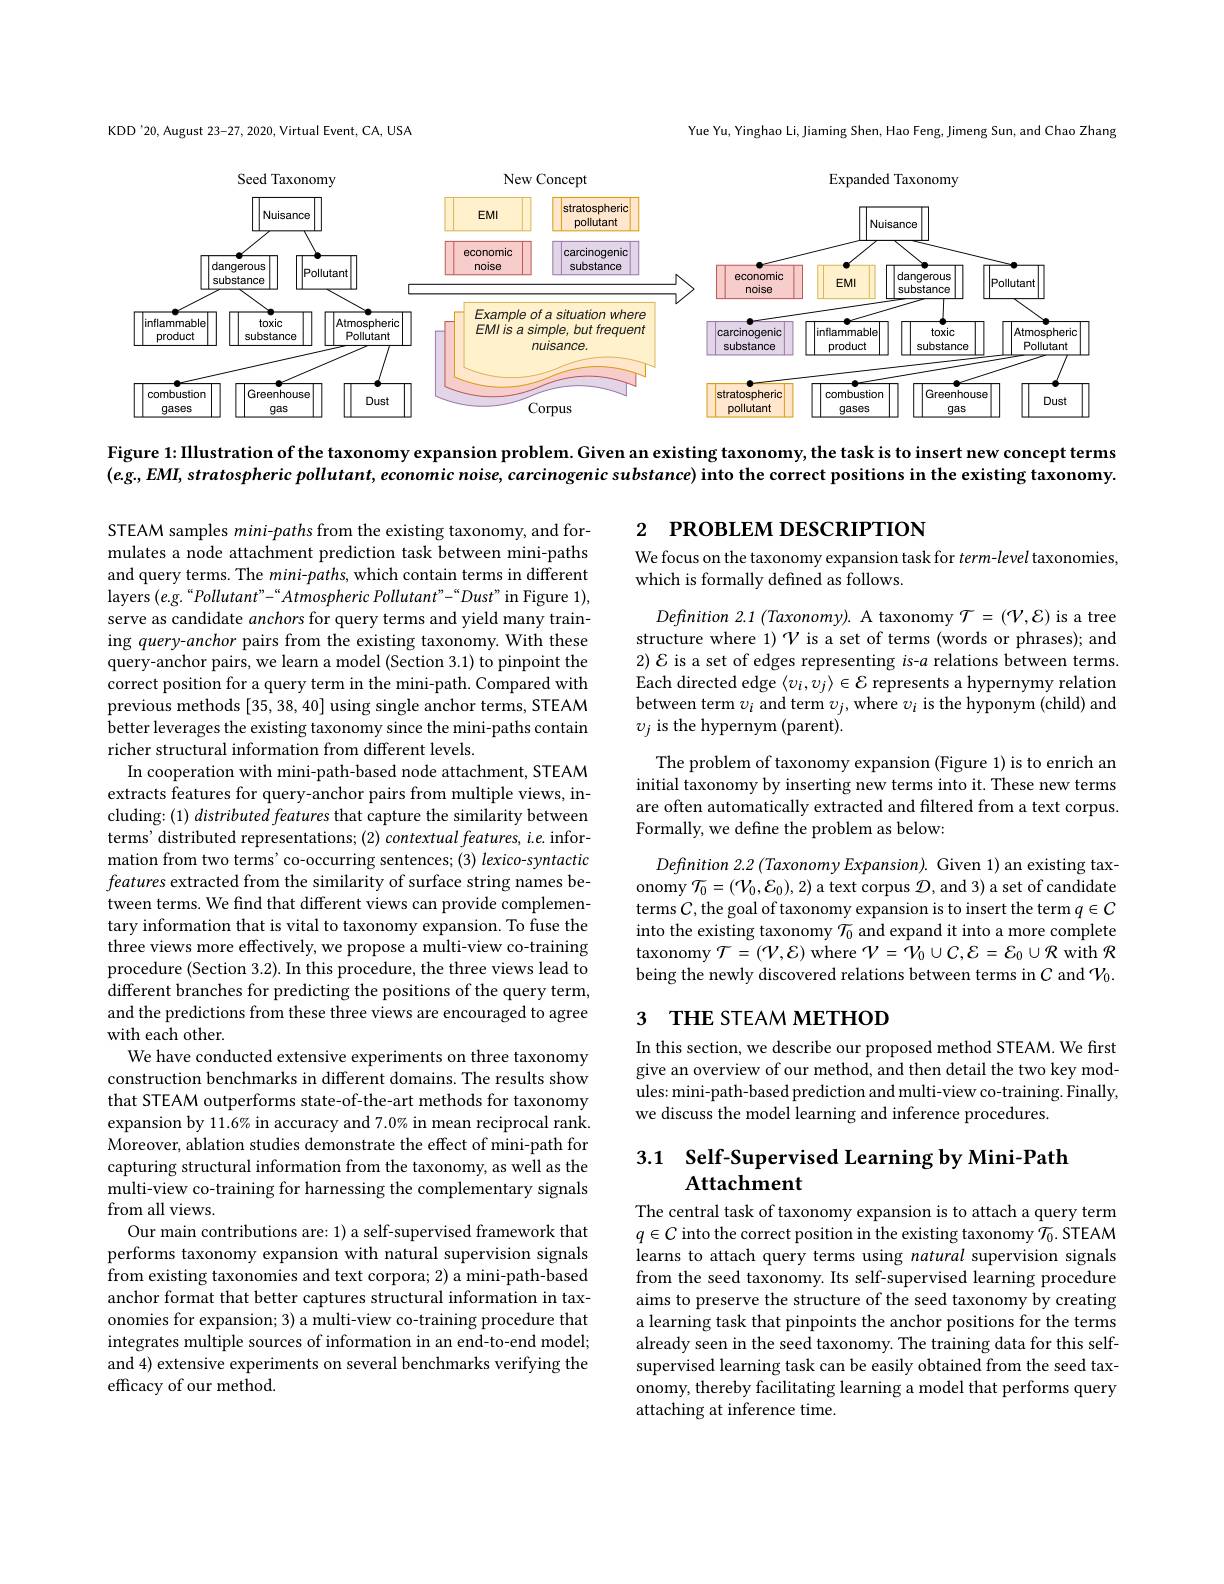
KDD'20, August 23-27, 2020, Virtual Event, CA, USA

Yue Yu, Yinghao Li, Jiaming Shen, Hao Feng, Jimeng Sun, and Chao Zhang

<FigureHere>

Figure 1: IIlustration of the taxonomy expansion problem. Given an existing taxonomy, the task is to insert new concept terms (e.g, EMI, stratospheric pollutant, economic noise, carcinogenic substance) into the correct positions in the existing taxonomy.

# 2 РROВLEM DESCRIPTION

We focus on the taxonomy expansion task for term-level taxonomies,
which is formally defined as follows.

$Definition2.1(Taxonomy).$ A taxonomy $\mathcal{T}=(\mathcal{V},\mathcal{E})$ is a tree structure where 1) $\mathcal{V}$ is a set of terms (words or phrases); and $2){\mathcal E}$ is a set of edges representing $i$s-$a$ relations between terms. Each directed edge $\langle v_i,v_j\rangle\in\mathcal{E}$ represents a hypernymy relation between term $v_i$ and term $v_j$, where $v_i$ is the hyponym (child) and $v_{j}$ is the hypernym (parent).
The problem of taxonomy expansion (Figure 1) is to enrich an $\hat{\text{initial taxonomy by inserting new terms into it. These new terms}}$ are often automatically extracted and filtered from a text corpus. Formally, we define the problem as below:
$Definition2.2\left(TaxonomyExpansion\right).$Given 1) an existing tax-

onomy $\mathcal{T}_0=(\mathcal V_0,\mathcal{E}_0),2)$ a text corpus $\mathcal{D}$,and 3) a set of candidate terms $C$, the goal of taxonomy expansion is to insert the term $q\in C$ into the existing taxonomy $\mathcal{T}_0$ and expand it into a more complete taxonomy $\mathcal{T}=(\mathcal V,\mathcal{E})$ where $\mathcal{V}=\mathcal{V}_0\cup\mathcal{C},\mathcal{E}=\mathcal{E}_0\cup\mathcal{R}$ with $\mathcal{R}$ being the newly discovered relations between terms in $C$ and $\mathcal{V}_0.$

STEAM samples mini-paths from the existing taxonomy, and formulates a node attachment prediction task between mini-paths and query terms. The $mini-paths$, which contain terms in different layers ( e. g. “ Pollutant" - “ Atmospheric Pollutant" - “ Dust” in Figure 1) , serve as candidate anchors for query terms and yield many training query-anchor pairs from the existing taxonomy. With these query-anchor pairs, we learn a model (Section 3.1) to pinpoint the correct position for a query term in the mini-path. Compared with previous methods [35, 38, 40] using single anchor terms, STEAM better leverages the existing taxonomy since the mini-paths contain richer structural information from different levels.
In cooperation with mini-path-based node attachment, STEAM extracts features for query-anchor pairs from multiple views, including: (1) distributed features that capture the similarity between terms' distributed representations; (2) contextual features, i.e. information from two terms' co-occurring sentences; (3) lexico-syntactic features extracted from the similarity of surface string names between terms. We find that different views can provide complementary information that is vital to taxonomy expansion. To fuse the three views more effectively, we propose a multi-view co-training procedure (Section 3.2). In this procedure, the three views lead to different branches for predicting the positions of the query term, and the predictions from these three views are encouraged to agree with each other.
We have conducted extensive experiments on three taxonomy construction benchmarks in different domains. The results show that STEAM outperforms state-of-the-art methods for taxonomy expansion by 11.6% in accuracy and 7.0% in mean reciprocal rank. Moreover, ablation studies demonstrate the effect of mini-path for capturing structural information from the taxonomy, as well as the multi-view co-training for harnessing the complementary signals from all views.
Our main contributions are: 1) a self-supervised framework that performs taxonomy expansion with natural supervision signals from existing taxonomies and text corpora; 2) a mini-path-based anchor format that better captures structural information in taxonomies for expansion; 3) a multi-view co-training procedure that integrates multiple sources of information in an end-to-end model; and 4) extensive experiments on several benchmarks verifying the efficacy of our method.

# 3 THE STEAM METHOD

In this section, we describe our proposed method STEAM. We first give an overview of our method, and then detail the two key modules: mini-path-based prediction and multi-view co-training. Finally, we discuss the model learning and inference procedures.

## 3.1 Self-Supervised Learning by Mini-Path Attachment

The central task of taxonomy expansion is to attach a query term $q\in C$ into the correct position in the existing taxonomy $\mathcal{T}_0.$ STEAM learns to attach query terms using natural supervision signals from the seed taxonomy. Its self-supervised learning procedure aims to preserve the structure of the seed taxonomy by creating a learning task that pinpoints the anchor positions for the terms already seen in the seed taxonomy. The training data for this selfsupervised learning task can be easily obtained from the seed taxonomy, thereby facilitating learning a model that performs query attaching at inference time.